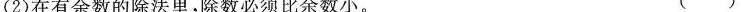
(2)在有余数的除法里，除数必须比余数小。 ( )